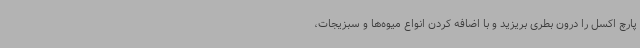
پارچ اکسل را درون بطری بریزید و با اضافه کردن انواع میوه‌ها و سبزیجات،